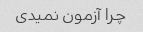
چرا آزمون نمیدی